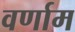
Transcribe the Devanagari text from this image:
वर्णाम